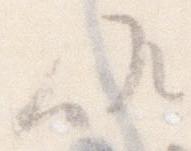
候